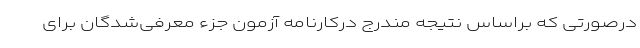
درصورتی که براساس نتیجه مندرج درکارنامه آزمون جزء معرفی‌شدگان برای